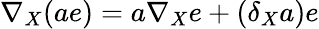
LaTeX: \nabla_{X}(ae)=a\nabla_{X}e+(\delta_{X}a)e